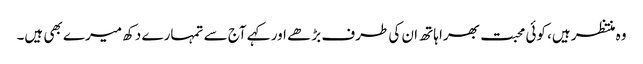
وہ منتظر ہیں، کوئی محبت بھرا ہاتھ ان کی طرف بڑھے اور کہے آج سے تمہارے دکھ میرے بھی ہیں۔